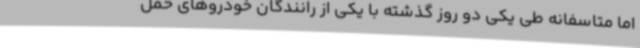
اما متاسفانه طی یکی دو روز گذشته با یکی از رانندگان خودروهای حمل